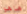
هاهو